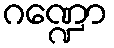
ဂဏ္ဍော